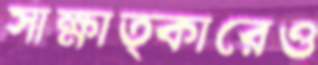
সাক্ষাত্কারেও